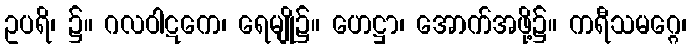
ဥပရိ၊ ၌။ ဂလဝါဋကေ၊ ရေမျို၌။ ဟေဋ္ဌာ၊ အောက်အဖို့၌။ ကရီသမဂ္ဂေ၊